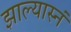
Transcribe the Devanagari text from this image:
झाल्यास्नं